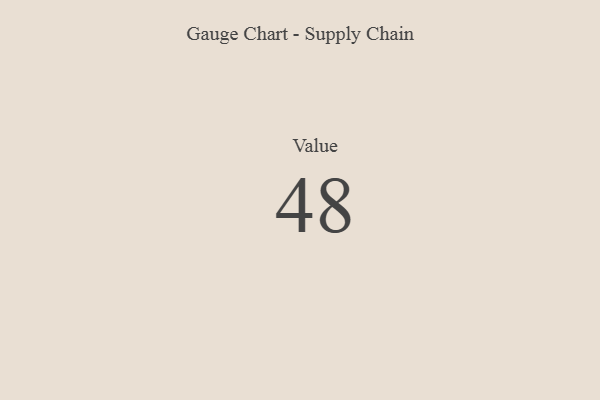
{"axis": {"x": "Metric", "y": "Value"}, "legend": [""], "data": [{"x": "Value", "y": 48, "type": ""}]}